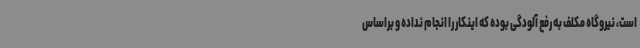
است، نیروگاه مکلف به رفع آلودگی بوده که اینکار را انجام نداده و براساس